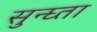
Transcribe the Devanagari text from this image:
सुन्घ्ता